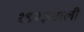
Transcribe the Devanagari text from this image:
१९२३साली